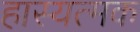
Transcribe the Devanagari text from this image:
हास्यत्मक